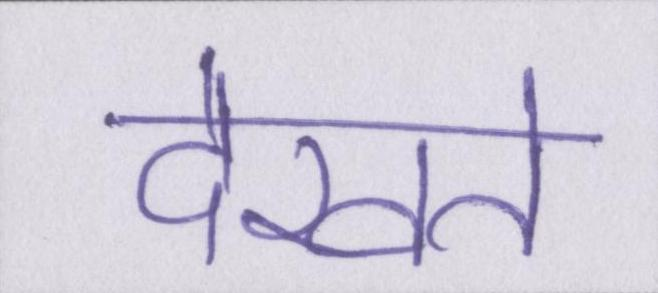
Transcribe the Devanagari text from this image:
देखते